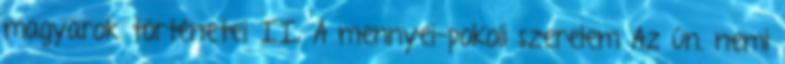
magyarok történetei II. A mennyei-pokoli szerelem Az ún. nemi